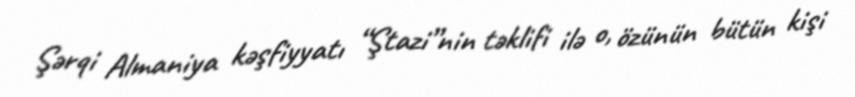
Şərqi Almaniya kəşfiyyatı “Ştazi”nin təklifi ilə o, özünün bütün kişi